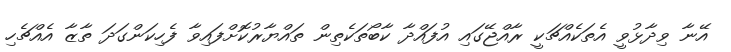
އޭނާ ވިދާޅުވީ އެތަކެއްޗަކީ ރާއްޖޭގައި އުފައްދާ ކާބޯތަކެތިން ތައްޔާރުކޮށްފައިވާ ފެހިކަންގަދަ ތާޒާ އެއްޗެހި